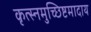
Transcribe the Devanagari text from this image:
कृत्स्नमुच्छिष्टमादाय